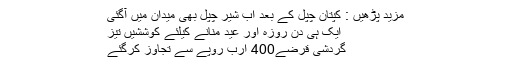
مزید پڑھیں : کپتان چپل کے بعد اب شیر چپل بھی میدان میں آگئی
ایک ہی دن روزہ اور عید منانے کیلئے کوششیں تیز
گردشی قرضے400 ارب روپے سے تجاوز کرگئے